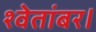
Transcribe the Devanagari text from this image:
श्वेतांबर।